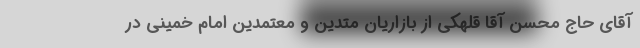
آقای حاج محسن آقا قلهکی از بازاریان متدین و معتمدین امام خمینی در